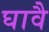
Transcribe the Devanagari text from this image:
घावै